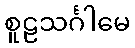
စူဠသင်္ဂါမေ